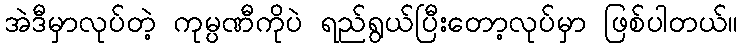
အဲဒီမှာလုပ်တဲ့ ကုမ္ပဏီကိုပဲ ရည်ရွယ်ပြီးတော့လုပ်မှာ ဖြစ်ပါတယ်။